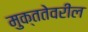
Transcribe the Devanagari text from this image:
मुक्ततेवरील